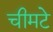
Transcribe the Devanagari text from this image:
चीमटे